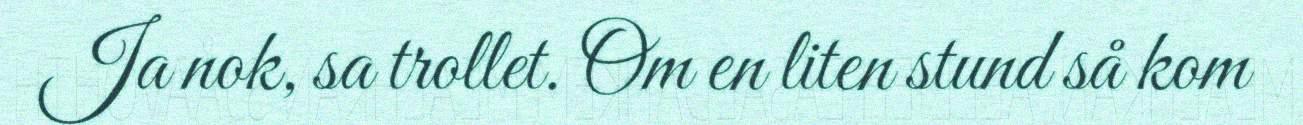
Ja nok, sa trollet. Om en liten stund så kom